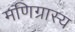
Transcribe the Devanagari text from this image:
मणिग्रास्य